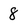
Character: 8